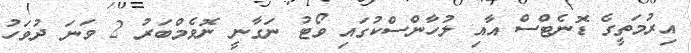
އިރުމަތީގެ ޑޮނެޓްސް އާއި ލުހާންސްކުގައި ވޯޓު ނަގާނީ ނޮވެމްބަރު 2 ވަނަ ދުވަހު